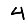
Digit: 4